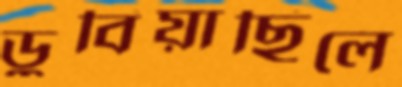
ডুবিয়াছিলে